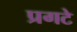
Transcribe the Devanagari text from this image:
प्रगटे